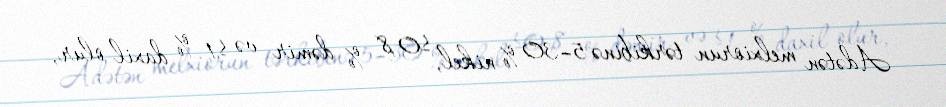
Adətən melxiorun tərkibinə 5–30 % nikel, ≤0,8 % dəmir və ≤1 % daxil olur,